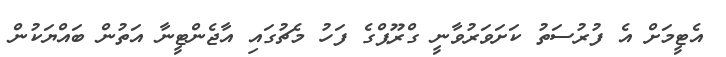
އެޓީމަށް އެ ފުރުސަތު ކަށަވަރުވާނީ ގްރޫޕްގެ ފަހު މެޗުގައި އާޖެންޓީނާ އަތުން ބައްޔަކުން